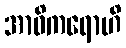
အာဝိကရောဟိ